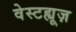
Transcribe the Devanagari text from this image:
वेस्टह्यूज़